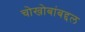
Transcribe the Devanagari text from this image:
चोखोबांबद्दल